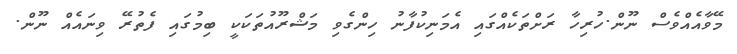
މޭވާއެއްވެސް ނޫން.ހުރިހާ ރަށްތަކެއްގައި އެމަނިކުފާނު ހިންގެވި މަޝްރޫއުތަކަކީ ބިމުގައި ފެތުރޭ ވިނައެއް ނޫން.